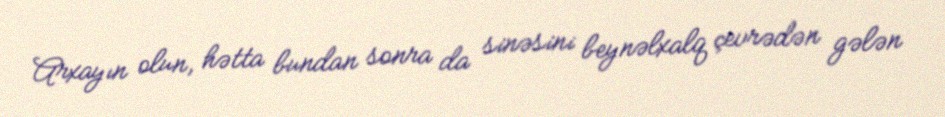
Arxayın olun, hətta bundan sonra da sinəsini beynəlxalq çevrədən gələn